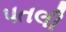
પતલી